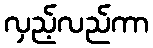
လှည့်လည်ကာ